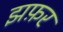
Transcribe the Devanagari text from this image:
झफ़र